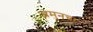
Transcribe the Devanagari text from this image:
अमुनचा